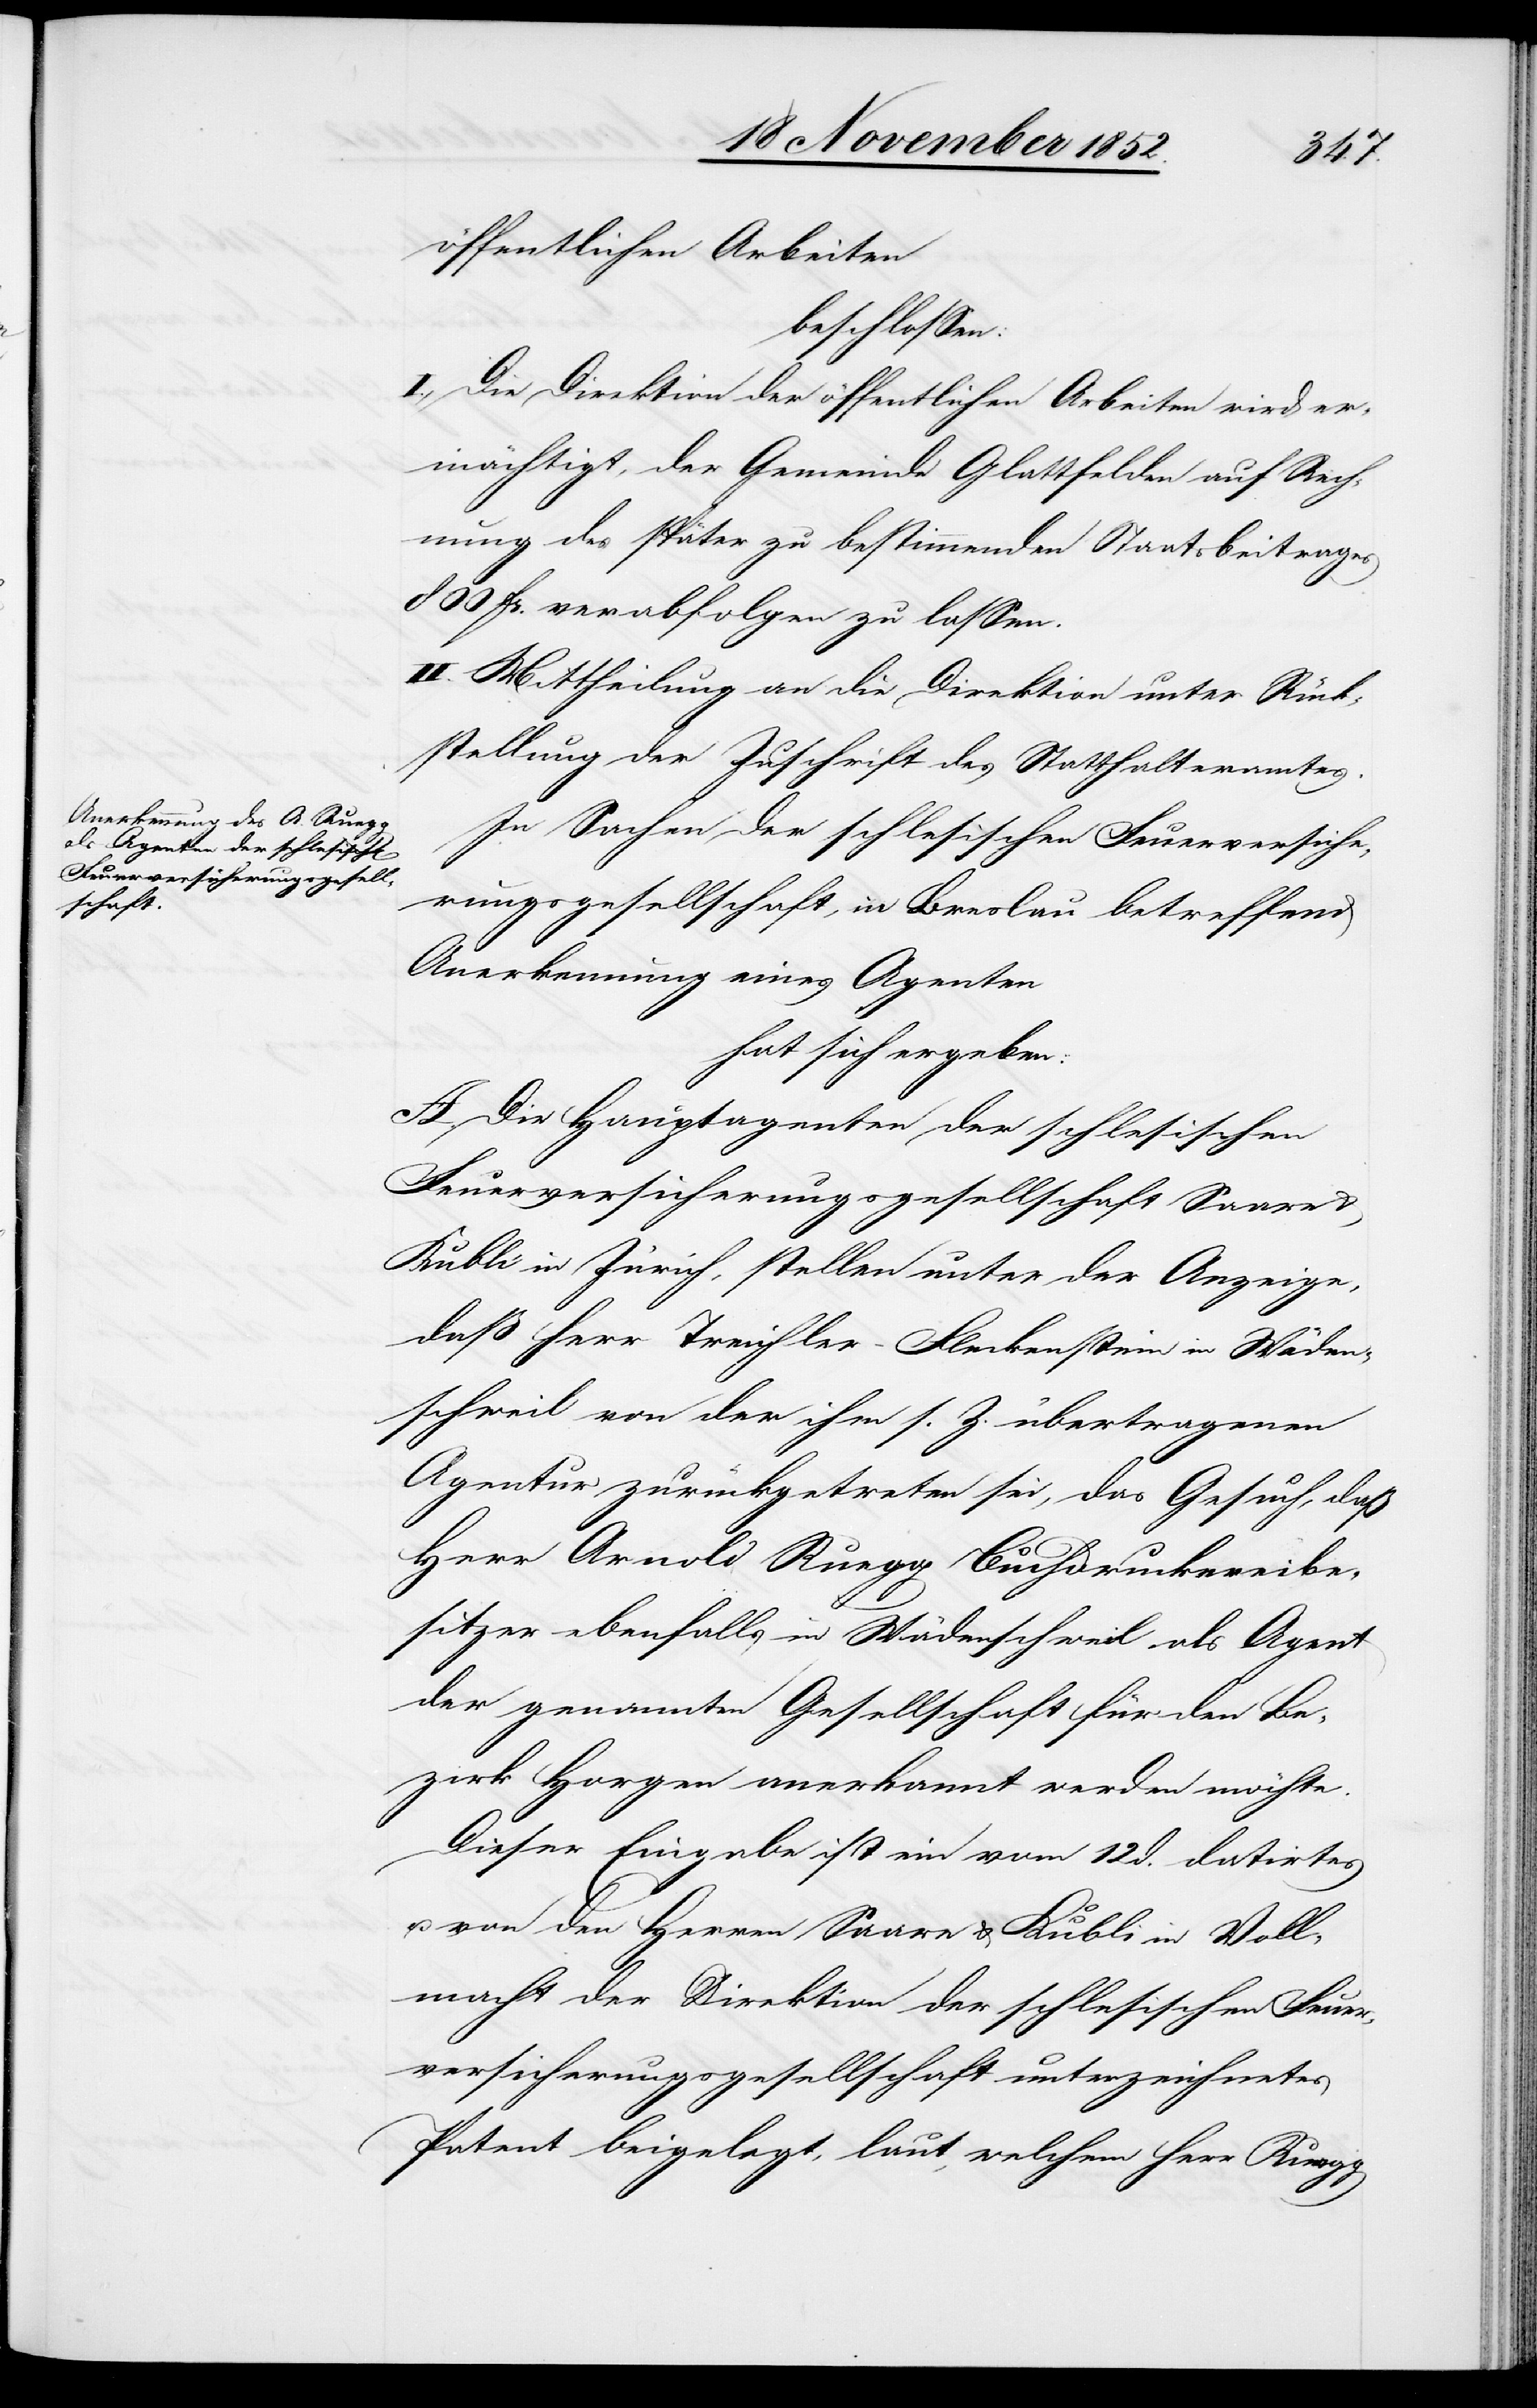
öffentlichen Arbeiten
beschlossen:
I., Die Direktion der öffentlichen Arbeiten wird er¬
mächtigt, der Gemeinde Glattfelden auf Rech¬
nung des später zu bestimmenden Staatsbeitrages
800 Fr. verabfolgen zu lassen.
II. Mittheilung an die Direktion unter Rück¬
stellung der Zuschrift des Statthalteramtes.
In Sachen der schlesischen Feuerversicher¬
ungsgesellschaft, in Breslau betreffend
Anerkennung eines Agenten
hat sich ergeben:
A. Die Hauptagenten der schlesischen
Feuerversicherungsgesellschaft Saare
Kubli in Zürich, stellen unter der Anzeige,
daß Herr Treichler-Fleckenstein in Wäden¬
schweil von der ihm s. Z. übertragenen
Agentur zurückgetreten sei, das Gesuch, daß
Herr Arnold Ruegg Buchdruckereibe¬
sitzer ebenfalls in Wädenschweil als Agent
der genannten Gesellschaft für den Be¬
zirk Horgen anerkannt werden möchte.
Dieser Eingabe ist ein vom 12 d. datirtes
u. von den Herren Saare & Kubli in Voll¬
macht der Direktion der schlesischen Feuer¬
versicherungsgesellschaft unterzeichnetes
Patent beigelegt, laut, welchem Herr Ruegg